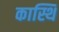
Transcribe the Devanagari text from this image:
कास्थि